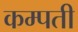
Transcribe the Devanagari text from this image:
कम्पती